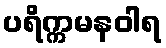
ပရိက္ကမနဝါရ